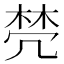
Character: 棾